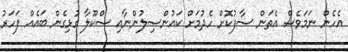
އެހެން ނަމަވެސް އެތަން ސާފުކޮށް ހެދުމަށް ކައުންސިލުންނާއި ސްކޫލާ ގުޅިގެން ބައެއް ފަހަރު